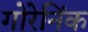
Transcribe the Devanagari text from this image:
गोरेनिंक